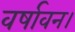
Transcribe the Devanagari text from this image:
वर्षावन।